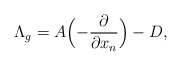
\begin{align*} \Lambda_{g} = A\Bigl(-\frac{\partial }{\partial x_n}\Bigr)-D, \end{align*}